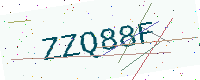
Text: ZZQ88F